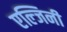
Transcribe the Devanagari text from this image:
एल्जिनी